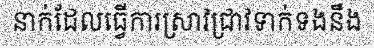
នាក់ដែលធ្វើការស្រាវជ្រាវទាក់ទងនឹង